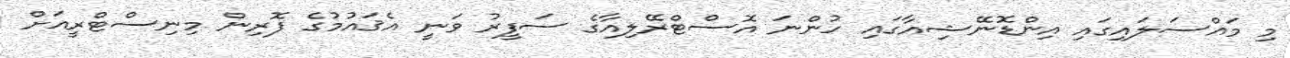
މި މައްސަލައިގައި އިންޑޮނޭޝިއާގައި ހުންނަ އޮސްޓްރޭލިއާގެ ސަފީރު ވަނީ އެޤައުމުގެ ފޮރިން މިނިސްޓްރީއަށް